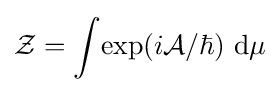
{\mathcal {Z}}=\int \!{\exp(i{\mathcal {A}}/\hbar )~\mathrm {d} \mu }